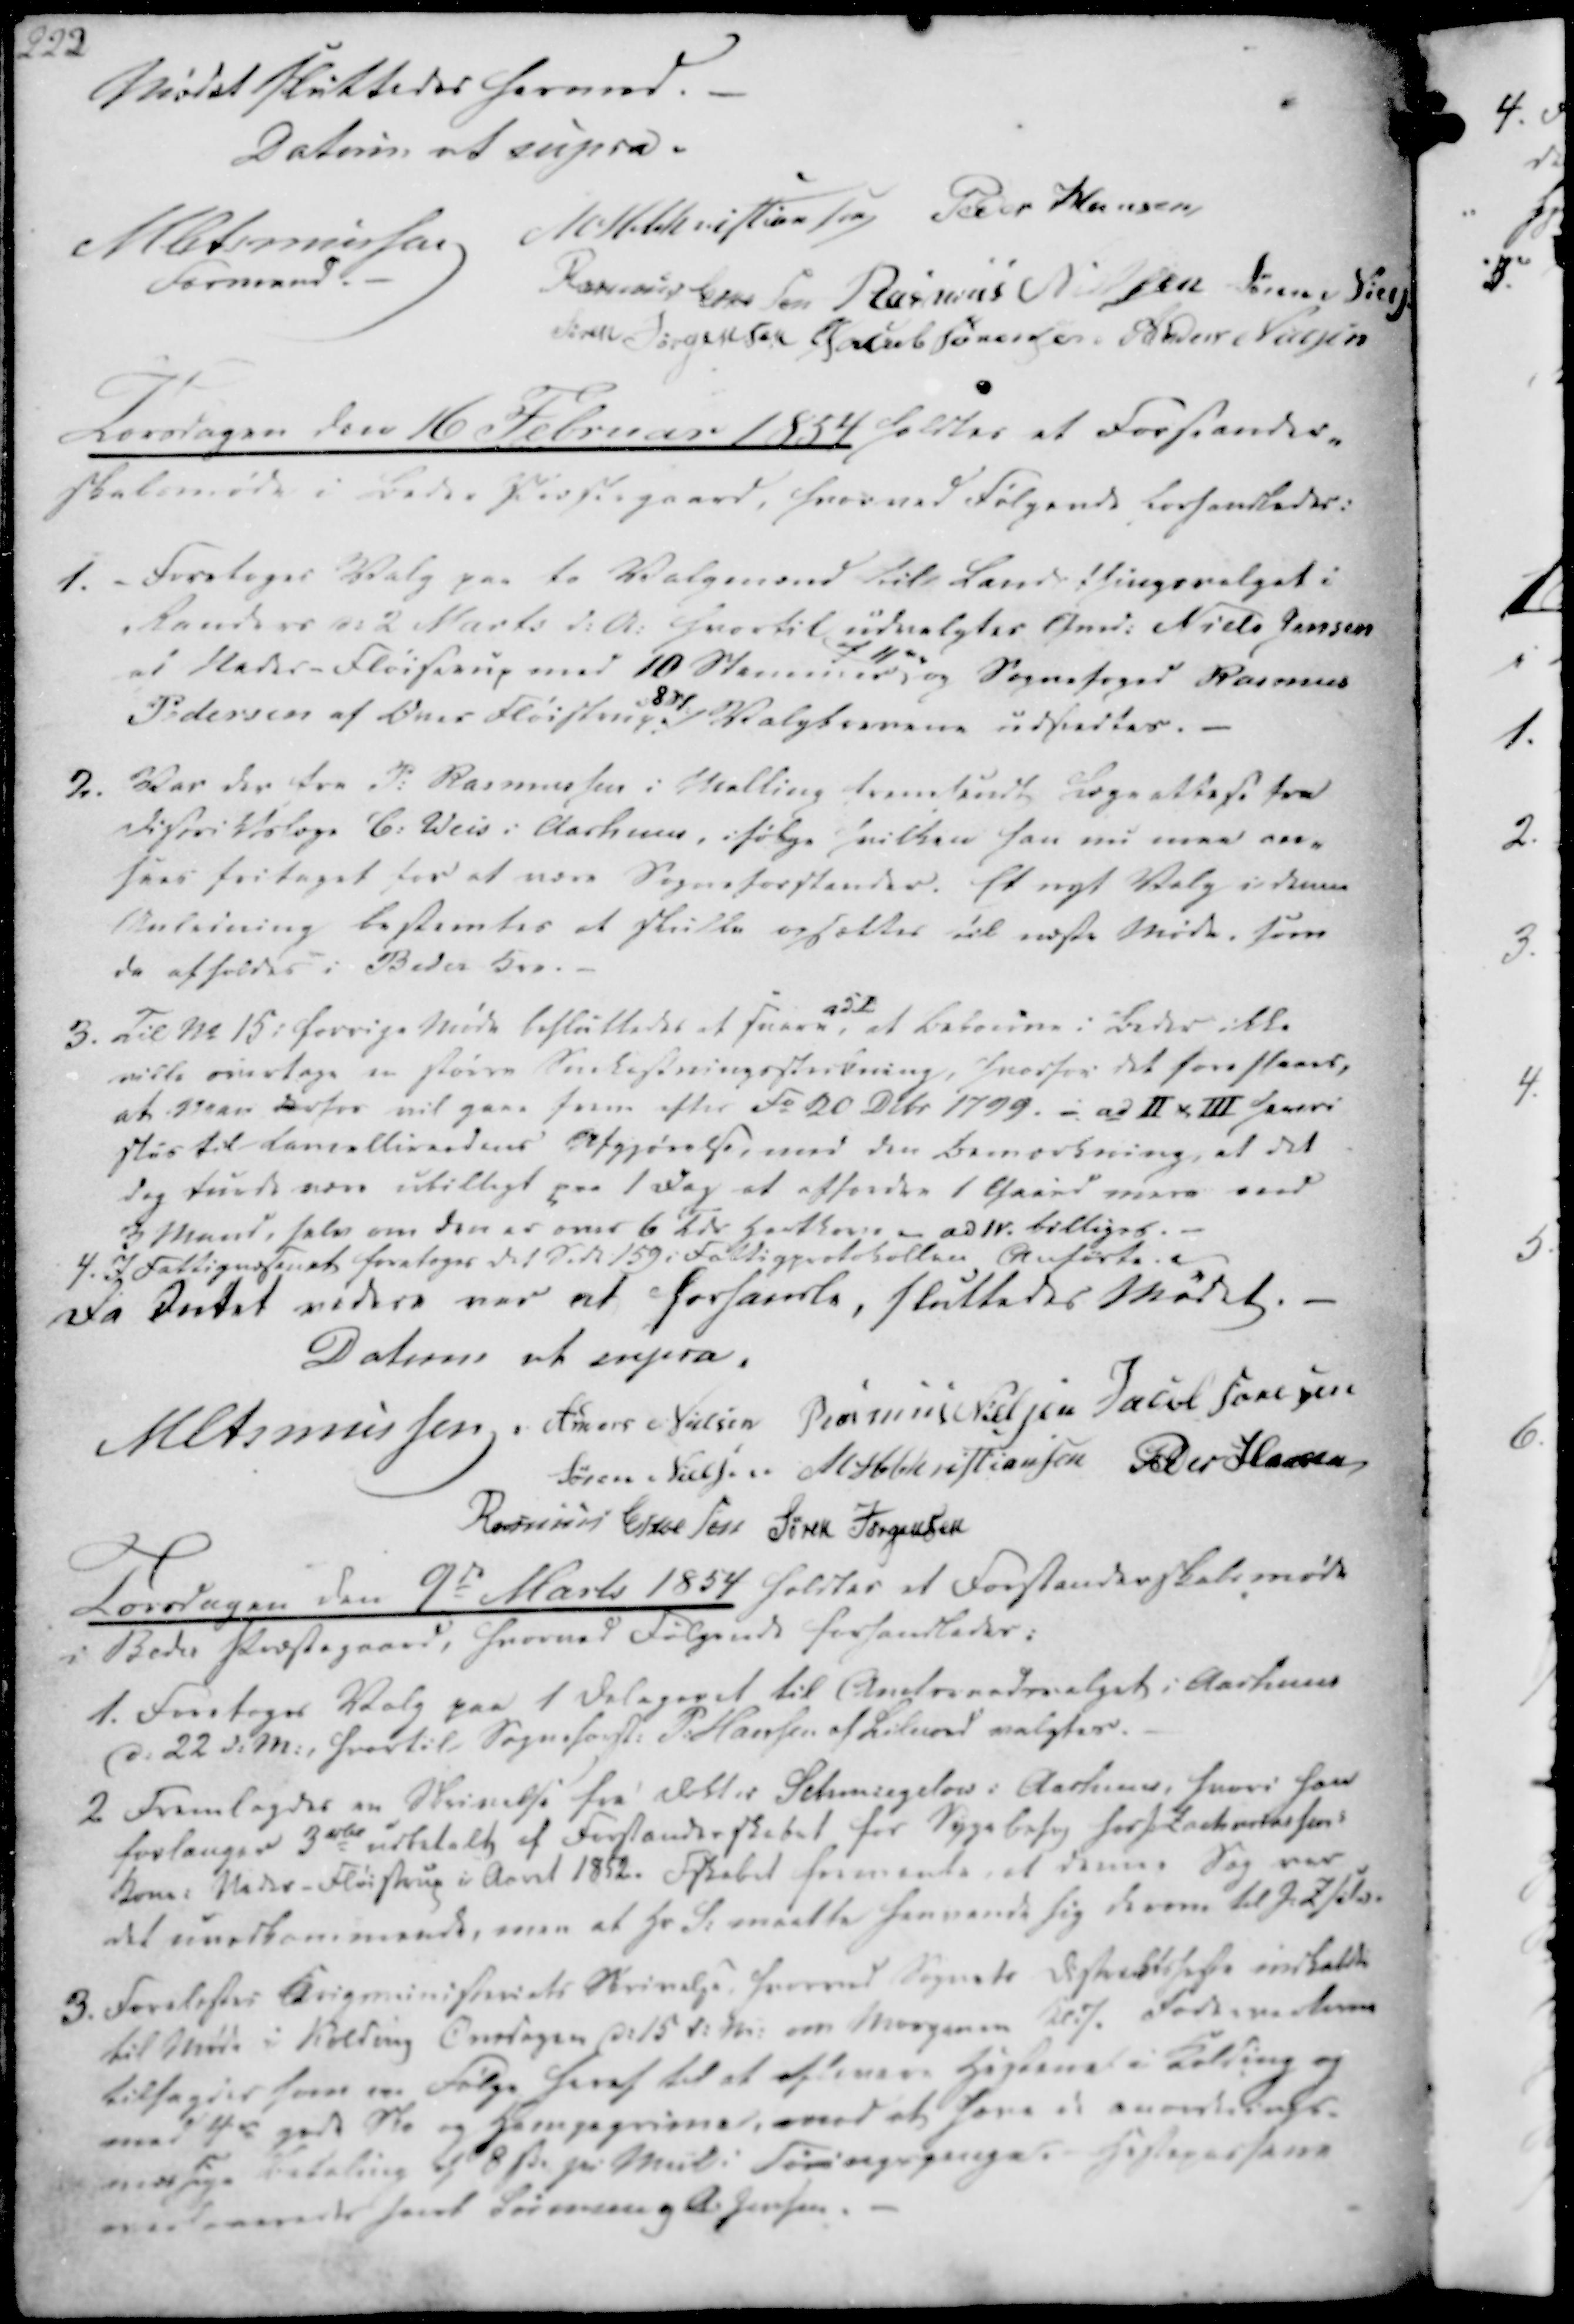
Transskription:
Mødet sluttedes hermed. -
Datum ut supra.
M Asmussen
Formand. -
M. H. Christiansen
Peder Hansen
Rasmus Eskesen
Rasmus Nielsen
Søren Niels.
Søren Jørgensen
Jacob Sørensen
Anders Nielsen

Torsdagen den 16 Februar 1854 holdtes et Forstander-
skabsmøde i Beder Præstegaard, hvorved følgende forhandledes:

1. Foretages Valg paa to Valgmænd til Landsthingsvalget i
Randers d. 2 Marts d.A. hvortil udvalgtes Gmd. Niels Jensen
i Neder-Fløistrup med 10 Stemmer
af 11
og Sognefoged Rasmus
Pedersen af Over Fløistrup 8 St. Valgbrevene udsendtes.
2. Var der fra P. Rasmussen i Malling fremsendt Lægeattest fra
Distriktslæge C. Weis i Aarhuus, ifølge hvilken han nu maa an-
sees fritaget for at være Sogneforstander. Et nyt Valg i denne
Anledning bestemtes at skulle opsættes til næste Møde, som
da afholdes i Beder Kro.
3. Til No 15 i forrige Møde besluttedes at svare,
a52
at Beboerne i Beder ikke
ville overtage en større Snekastningsstrækning, hvorfor det foreslaaes,
at Man derfor vil gaae frem efter Fo 20 Debr 1799, - ad II v III hvori
stis til Cancelliraadens Afgjørelse, med den bemærkning, at det
dog burde være ubilligt paa 1 Dag at affordre 1 Gaard mere med
3 Mand, selv om den er over 6 Tdr Hartkorn - ad 1v. billiger. -
4. I Fattigvæsenet foretoges det Side 159 i Fattigprotokollen Anførte.
Da Intet videre var at forhandle, sluttedes Mødet.

Datum ut supra.
M Asmussen
Anders Nielsen
Rasmus Nielsen
Jacob Sørensen
Søren Nielsen
M H Christiansen
Peder Hansen
Rasmus Eskesen
Søren Jørgensen

Torsdagen den 9de Marts 1854 holdtes et Forstanderskabsmøde
i Beder Præstegaard, hvorved følgende forhandledes:

1. Foretages Valg paa 1 Delegeret til Amtsraadsvalget i Aarhuus
d. 22 d.M., hvortil Sogneforst. P. Hansen af Lilnord valgtes.
2 Fremlagdes en Skrivelse fra Dokter Schmiegeløv i Aarhuus, hvori han
forlanger 3 rbd udbetalt af Forstanderskabet for Sygebesøg hos hr Zacheriasens
Kone i Neder-Fløistrup i Aaret 1852. Fskabet formente, at denne Sag var
det uvedkommende, men at Hr. S. maatte henvende sig derom til J. Zsilsen
3. Forelæstes Krigsministeriets Skrivelse, hvorved Sognets Distriktsheste indkaldte
til Møde i Kolding Onsdagen d. 15 d.M. om Morgenen Kl. 10 Fodermerterne
tilsagdes som ere Følge heraf til at aflevere Hestene i Kolding og
med 4 gode Sko og Hampegrive, imod at have de anordnings-
mæssige Betaling af 8 ẞ. pr Miil i Føringspenge. Hestepasserne
vedleverets samt Føreren A. Jensen.